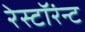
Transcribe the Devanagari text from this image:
रेस्टॉरंन्ट